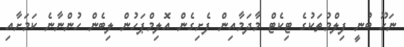
ނަހޫ ބުނީ ފިލްމުތަކުގެ ޓިކެޓް މާދަމާއިން ފެށިގެން އޮލިމްޕަހުން ލިބެން ހުންނާނެ ކަމަށާއި